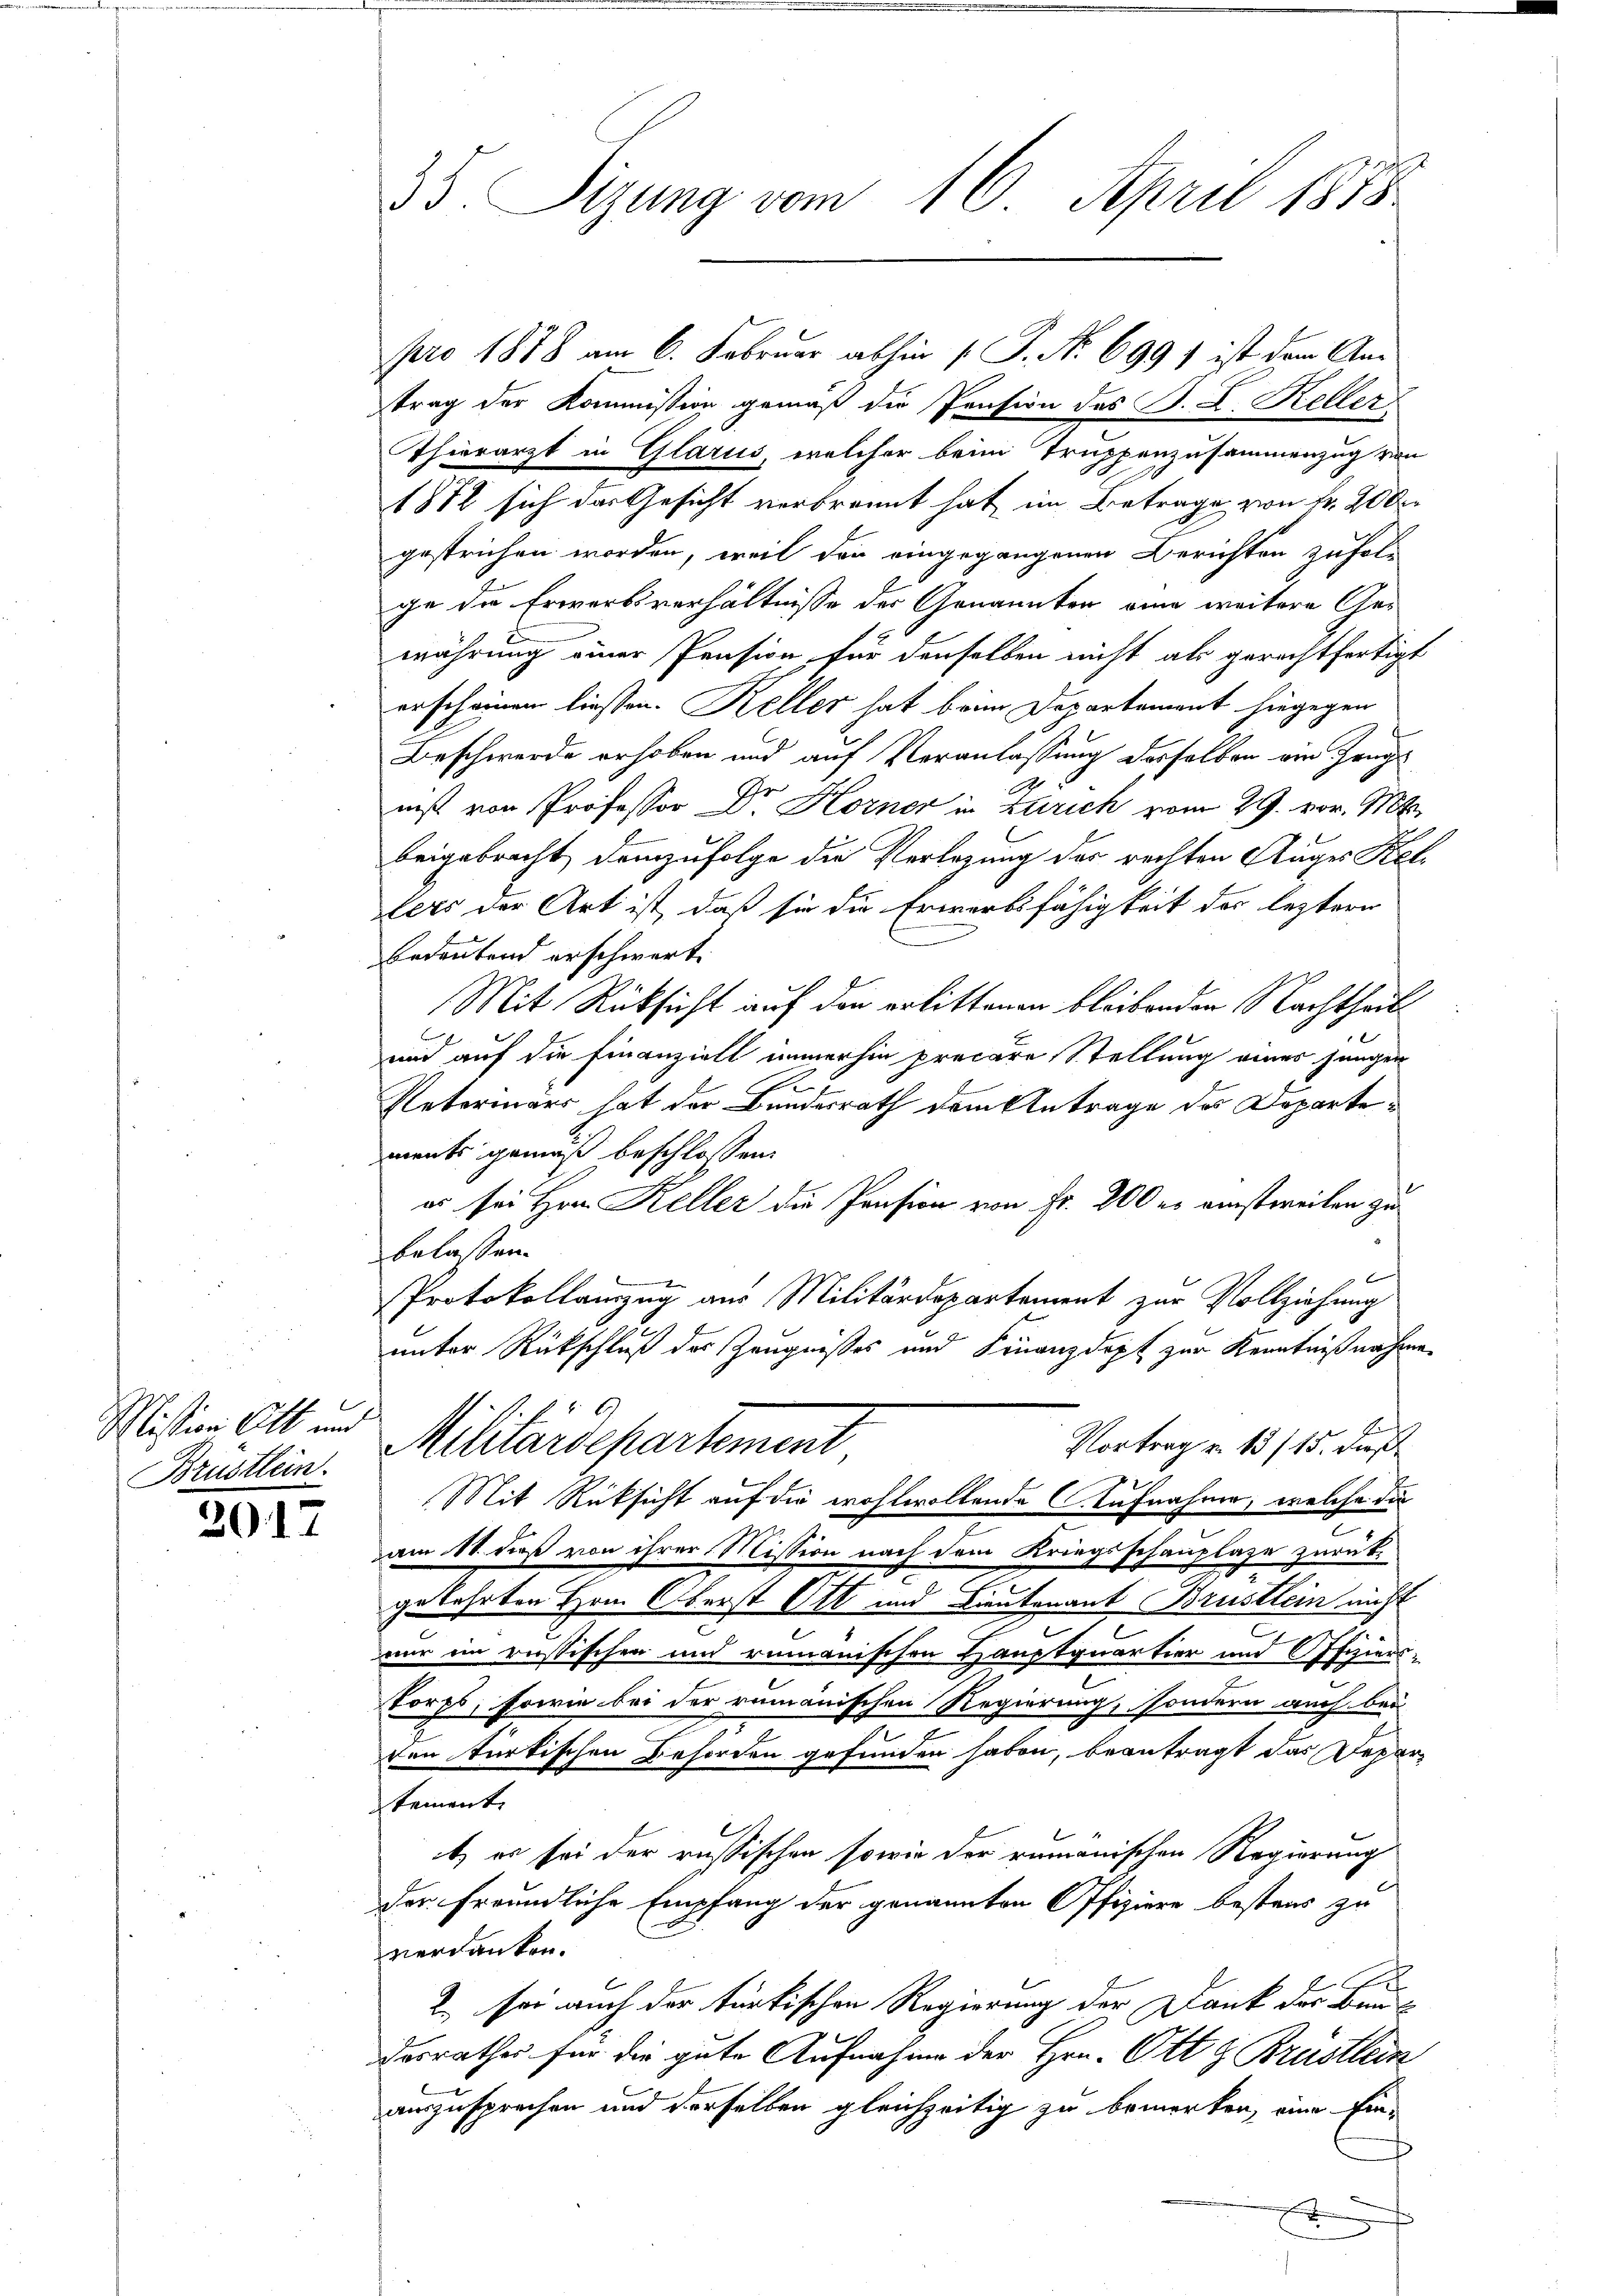
Mission Ott und
Brustlein.

2017.

pro 1878 am 6. Februar abhin 1. P. Nr. 699) ist dem Antrag der Kommission gemäß die Pension des B. L. Keller
Thierarzt in Glarus, welcher beim Truppenzusammenzug von
1812 sich das Gesicht verbrannt hat, im Betrage von Fr. 20 Ar
gestrichen worden, weil der eingegangenen Berichten zufolge die Erwerbsverhältnisse der Genannten eine weitere Gewährung einer Pension für denselben nicht als gerechtfertigt
erscheinen liessen. Keller hat beim Departement hingegen
Beschwerde erhoben und auf Veranlassung desselben von Heng
nist von Professor Dr. Horner in Zürich vom 29. vor. Mt
beigebracht, demzufolge die Verlegung der rechten Auges Kellers der Art ist, daß sie die Erwerbsfähigkeit der leztere
bedeutend erschwert.
Mit Rücksicht auf den erlittenen bleibenden Nachtheil¬
und auf die Finanzielt immerhin precare Stellung eines jungen
Retermars hat der Bundesrath dem Antrage des Departenments gemäß beschlossen:
es sei Hrn Keller die Pension von Fr. 800 er einstweilen zu
belassen.
Protokollamzug aus Militärdepartement zur Vollziehung
unter Rückschluß des Zeugnißes und Finanzdept zur Kenntnißnahme
Vortrag v. 1815. Dies
Militärdepartement
Mit Rüksicht auf die wohlwollende Aufnahme, welche die
am 18. dieß von ihrer Mission nach dem Kriegsschauplage zurückgekehrten Hrn. Oberst Ott und Lieutenant Brustlein nicht
u
nur ein reistischen und rumänischen Hauptquartier und Offiziers¬
Forps, sowie bei der rumänischen Regierung, sondern auch bei
ven türkischen Behörden gefunden haben, beantragt das Departement
t, es sei der russischen sowie der romanischen Regierung
der freundliche Empfang der genannten Offiziere bestens zu
verdanken.
h
2. sei auch der türkischen Regierung der Dank der Bundesrathes für die gute Aufnahme der Hrn. Ott & Brüstlein
auszusprechen und derselben gleichzeitig zu bemerken, eine Ein¬
2

35. Sigung vom 16. April 1878